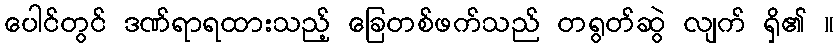
ပေါင်တွင် ဒဏ်ရာရထားသည့် ခြေတစ်ဖက်သည် တရွတ်ဆွဲ လျက် ရှိ၏ ။